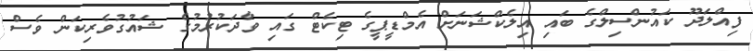
ފިއްލަދޫ ކައުންސިލްގެ ބައި އިލެކްޝަނަށް އެމްޑީޕީގެ ޓިކެޓް ގައި ވާދަކުރުމުގެ ޝައުގުވެރިކަން ވެސް